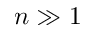
n \gg 1